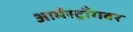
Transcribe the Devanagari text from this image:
आर्मस्ट्राँगवर